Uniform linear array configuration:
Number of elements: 48
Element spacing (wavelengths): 0.25
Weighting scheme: cosine
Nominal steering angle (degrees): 15
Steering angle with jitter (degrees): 13.314
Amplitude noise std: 0.05
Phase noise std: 0.05

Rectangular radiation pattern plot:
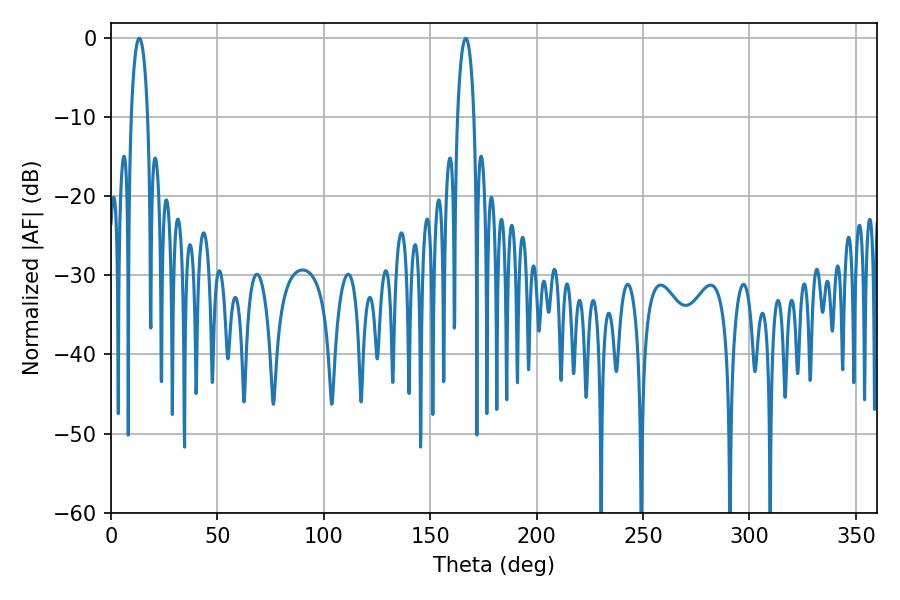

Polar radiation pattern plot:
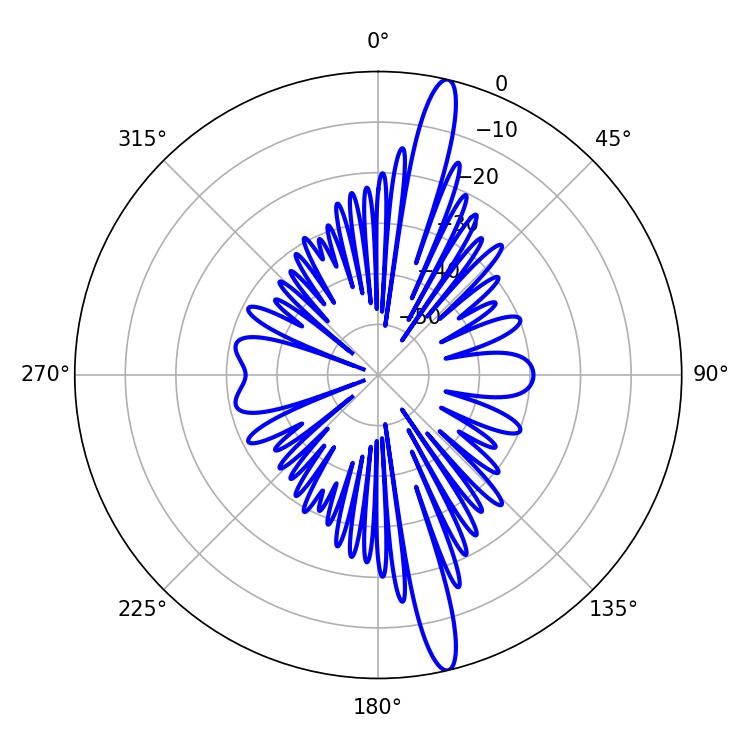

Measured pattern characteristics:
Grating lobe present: FALSE
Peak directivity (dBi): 17.033
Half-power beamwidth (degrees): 4.32
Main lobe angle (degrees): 166.68